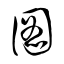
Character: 圖